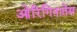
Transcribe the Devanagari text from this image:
ओरिगिनातेस